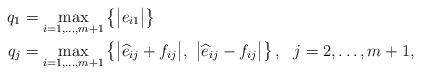
LaTeX: \begin{align*}q_{1}&=\max\limits_{i=1,\ldots,m+1}\left\{\big\vert e_{i1} \big\vert \right\} \\q_{j}&=\max\limits_{i=1,\ldots,m+1}\left\{\big\vert \widehat{e}_{ij}+f_{ij} \big\vert, \ \big\vert \widehat{e}_{ij}-f_{ij} \big\vert \right\}, \ \ j=2,\ldots,m+1,\end{align*}